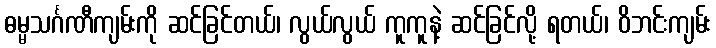
ဓမ္မသင်္ဂဏီကျမ်းကို ဆင်ခြင်တယ်၊ လွယ်လွယ် ကူကူနဲ့ ဆင်ခြင်လို့ ရတယ်၊ ဝိဘင်းကျမ်း